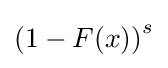
\left(1-F(x)\right)^{s}